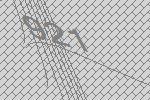
921